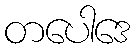
တပေါဒေ